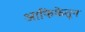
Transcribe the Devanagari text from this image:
आफिकेतून